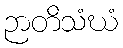
ဉာတိသံဃံ